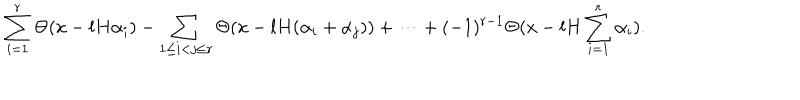
\sum _ { i = 1 } ^ { r } \Theta ( x - l H \alpha _ { i } ) - \sum _ { 1 \le i < j \le r } \Theta ( x - l H ( \alpha _ { i } + \alpha _ { j } ) ) + \cdots + ( - 1 ) ^ { r - 1 } \Theta ( x - l H \sum _ { i = 1 } ^ { r } \alpha _ { i } ) .